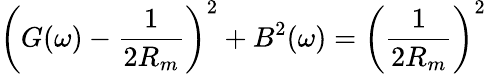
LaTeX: \left(G(\omega)-\frac{1}{2R_{m}}\right)^{2}+B^{2}(\omega)=\left(\frac{1}{2R_{m}}\right)^{2}